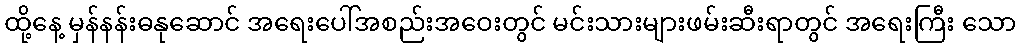
ထို့နေ့ မှန်နန်းဓနုဆောင် အရေးပေါ်အစည်းအဝေးတွင် မင်းသားများဖမ်းဆီးရာတွင် အရေးကြီး သော